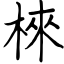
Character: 棶